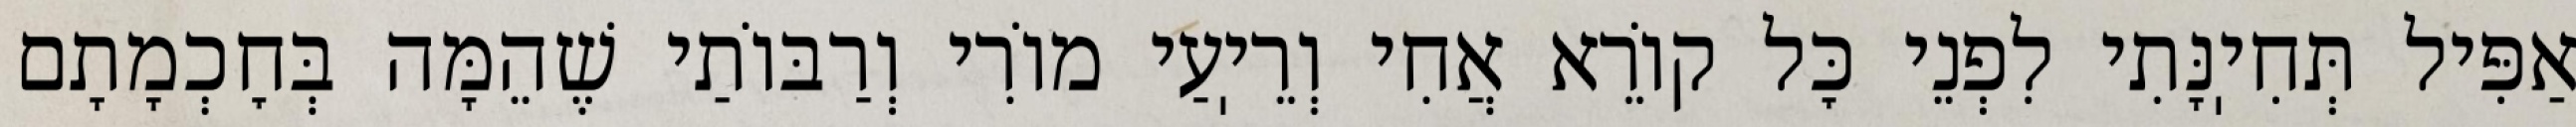
אַפִּיל תְּחִיֽנָּתִי לִפְנֵי כׇּל קוֹרֵא אֲחִי וְרֵיֽעַי מוֹרִי וְרַבּוֹתַי שֶׁהֵמָּה בְּחׇכְמָתָם